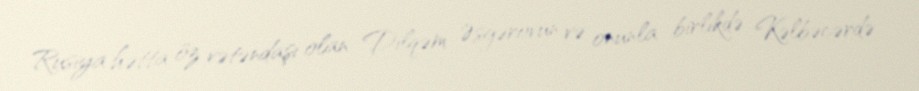
Rusiya hətta öz vətəndaşı olan Dilqəm Əsgərovun və onunla birlikdə Kəlbəcərdə